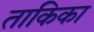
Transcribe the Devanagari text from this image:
ताकिका